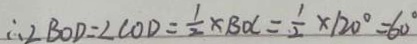
\therefore \angle B O D = \angle C O D = \frac { 1 } { 2 } \times B O C = \frac { 1 } { 2 } \times 1 2 0 ^ { \circ } = 6 0 ^ { \circ }